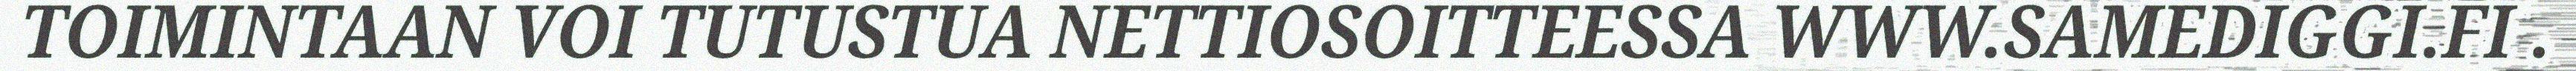
TOIMINTAAN VOI TUTUSTUA NETTIOSOITTEESSA WWW.SAMEDIGGI.FI .